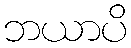
ဘယာပိ